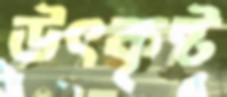
উৎকৃষ্ট